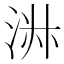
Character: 㳤